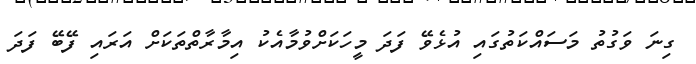
ގިނަ ވަގުތު މަސައްކަތުގައި އުޅެވޭ ފަދަ މީހަކަށްވުމާއެކު އިމާރާތްތަކަށް އަރައި ފޭބޭ ފަދަ